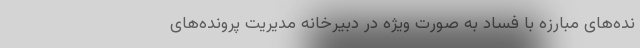
نده‌های مبارزه با فساد به صورت ویژه در دبیرخانه مدیریت پرونده‌های